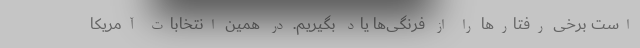
است برخی رفتارها را از فرنگی‌ها یاد بگیریم. در همین انتخابات آمریکا